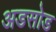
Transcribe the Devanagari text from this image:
अडसोड